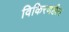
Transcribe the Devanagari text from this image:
विकिरणहीन